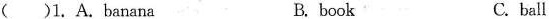
( )1.A.banana B.book C.ball